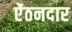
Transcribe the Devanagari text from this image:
ऐंठनदार